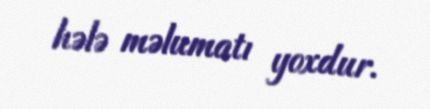
hələ məlumatı yoxdur.